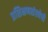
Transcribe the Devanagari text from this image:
प्रशिक्षणसंस्थेची